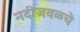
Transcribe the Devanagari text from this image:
नदीजवळचे